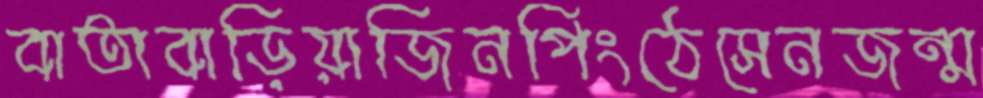
বাতাবাড়িয়াজিনপিংঠেসেনজন্ম